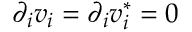
\partial _ { i } v _ { i } = \partial _ { i } v _ { i } ^ { * } = 0